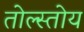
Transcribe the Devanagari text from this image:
तोल्स्तोय